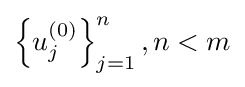
{\textstyle \left\{u_{j}^{(0)}\right\}_{j=1}^{n},n<m}